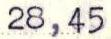
28,45